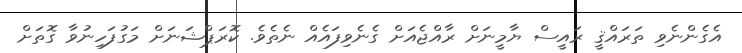
އެގެންނެވި ތަރައްޤީ ރައީސް ޔާމީނަށް ރާއްޖެއަށް ގެނެވިފައެއް ނެތެވެ. ކޮރަޕްޝަނަށް މަގުފަހިނުވާ ގޮތަށް